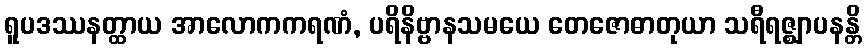
ရူပဒဿနတ္ထာယ အာလောကကရဏံ, ပရိနိဗ္ဗာနသမယေ တေဇောဓာတုယာ သရီရဇ္ဈာပနန္တိ